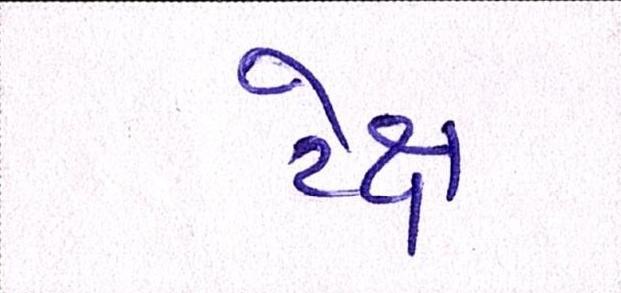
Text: ટેક્ષ